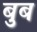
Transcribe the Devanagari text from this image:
बुब